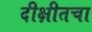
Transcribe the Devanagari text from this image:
दीक्षीतचा